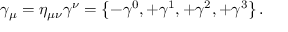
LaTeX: \gamma _ { \mu } = \eta _ { \mu \nu } \gamma ^ { \nu } = \left\{ - \gamma ^ { 0 } , + \gamma ^ { 1 } , + \gamma ^ { 2 } , + \gamma ^ { 3 } \right\} .